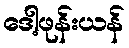
ဒေါ့ဖုန်းယန်